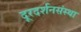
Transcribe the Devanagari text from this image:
दूरदर्शनसंस्था